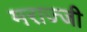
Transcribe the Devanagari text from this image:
मराज्जी